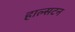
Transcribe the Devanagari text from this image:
हाल्सटन